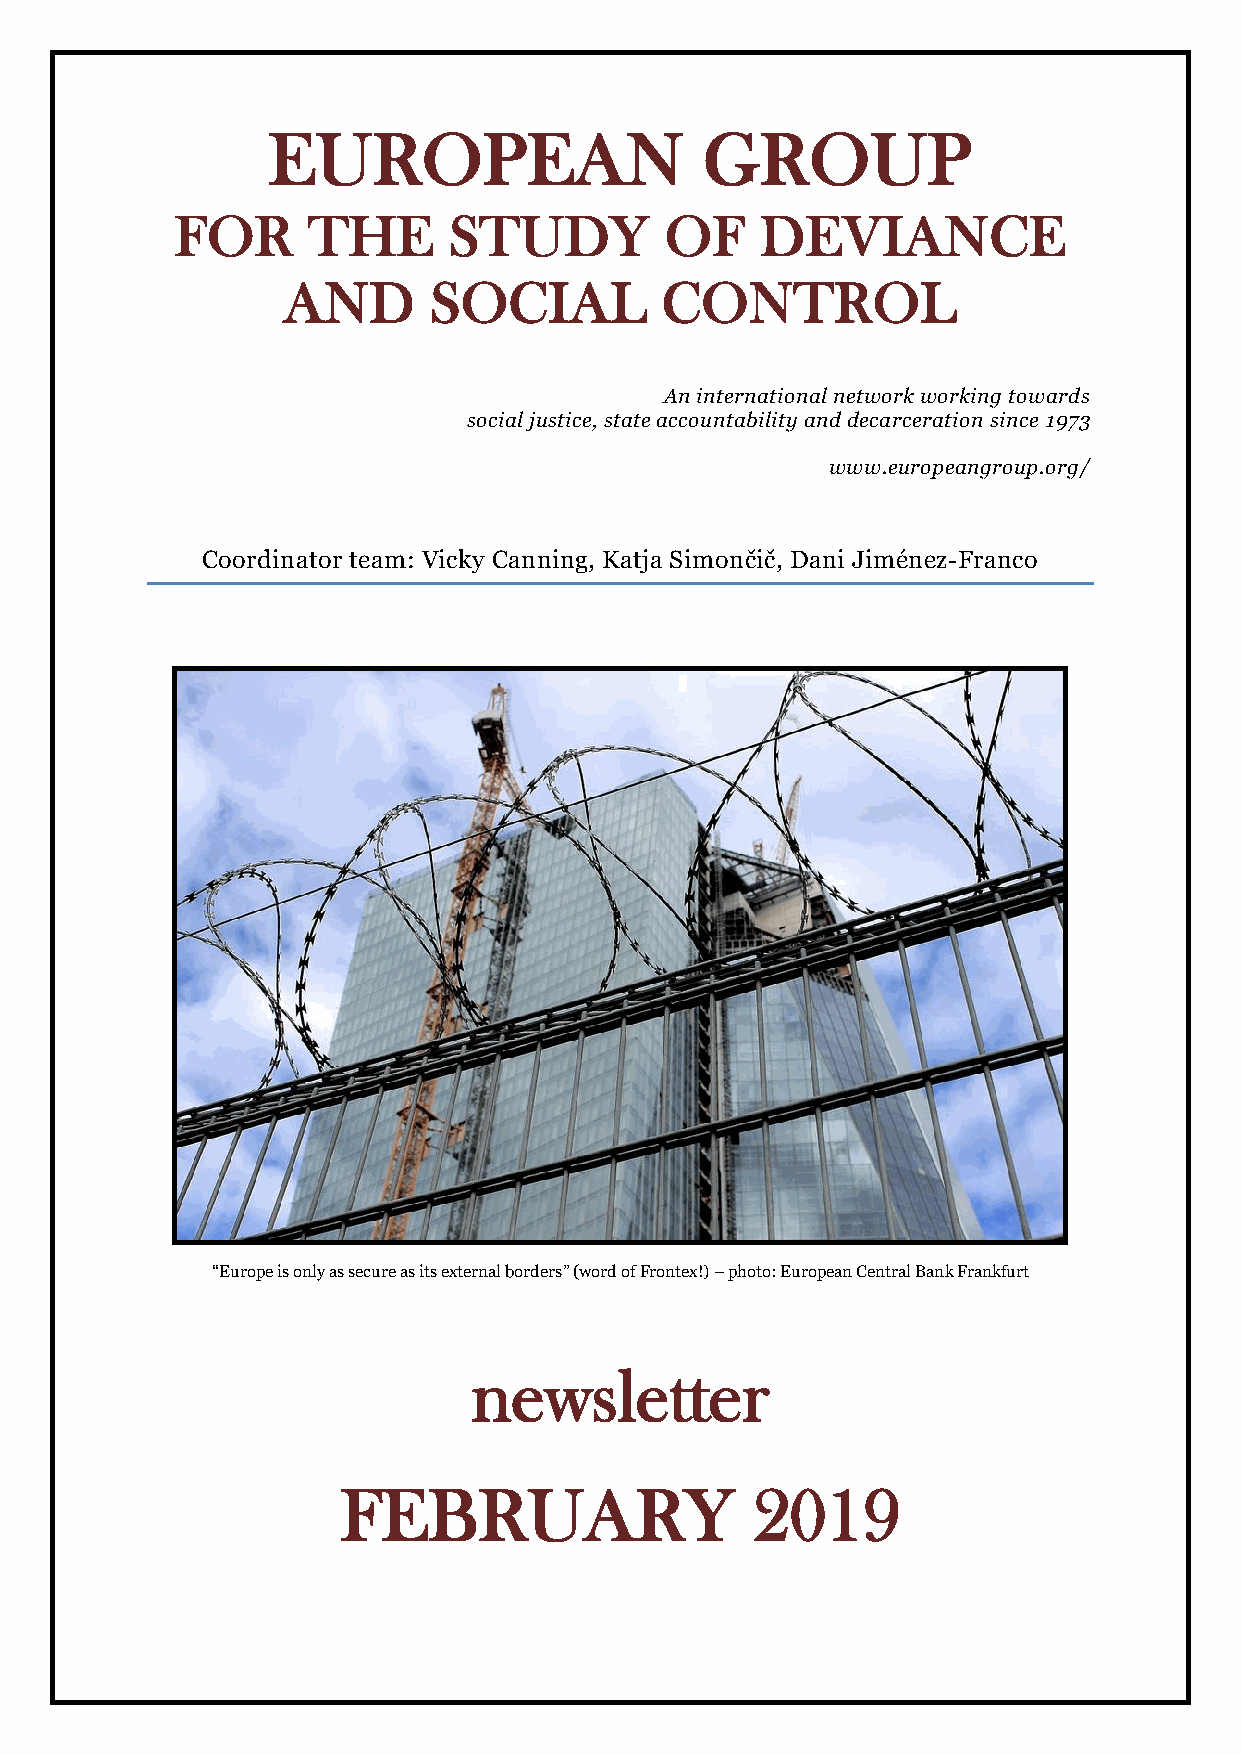
EUROPEAN                     GROUP
 FOR     THE       STUDY         OF    DEVIANCE
 AND      SOCIAL          CONTROL
 An international network working towards
 social justice, state accountability and decarceration since 1973
 www.europeangroup.org/
 Coordinator team: Vicky Canning, Katja Simončič, Dani Jiménez-Franco
 “Europe is only as secure as its external borders” (word of Frontex!) – photo: European Central Bank Frankfurt
 newsletter
 FEBRUARY                   2019